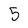
Character: 5